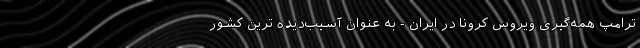
ترامپ همه‌گیری ویروس کرونا در ایران - به عنوان آسیب‌دیده ترین کشور